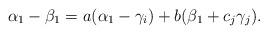
LaTeX: \begin{align*} \alpha_1-\beta_1=a(\alpha_1-\gamma_i)+b(\beta_1+c_j\gamma_j).\end{align*}